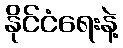
နိုင်ငံရေးနဲ့